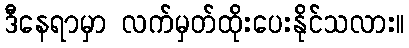
ဒီနေရာမှာ လက်မှတ်ထိုးပေးနိုင်သလား။